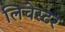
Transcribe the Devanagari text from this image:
लिचेस्टर